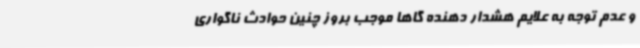
و عدم توجه به علایم هشدار دهنده گاهاً موجب بروز چنین حوادث ناگواری